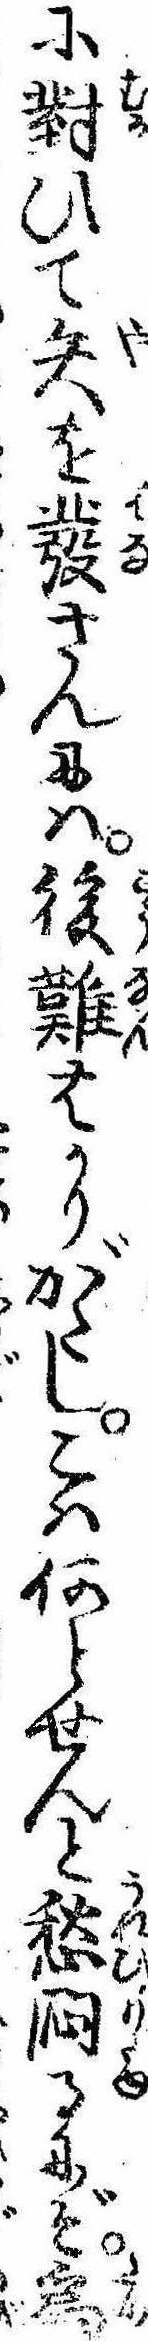
に対ひて矢を発さんには後難はかりがたしこは何とせんと愁悶るにぞ為